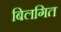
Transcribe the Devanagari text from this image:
बिलगित